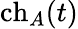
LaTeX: \operatorname{ch}_{A}(t)